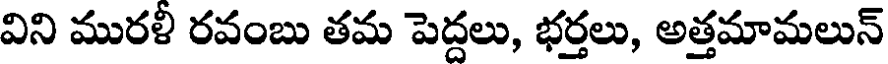
విని మురళీ రవంబు తమ పెద్దలు, భర్తలు, అత్తమామలున్